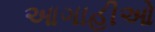
આગાહીઓ